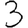
Digit: 3